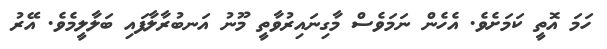
ހަމަ އޮތީ ކަމަށެވެ. އެހެން ނަމަވެސް މާގިނައިރުވާތީ މޫނު އަނބުރާލާފައި ބަލާލީމެވެ. އޭރު